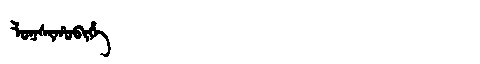
Manchu: ᠯᠣᡴᠰᡳᡥᠣᠪᡳᡥᡝ
Romanization: LOKSIHOBIHE